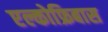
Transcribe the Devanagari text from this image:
एल्कोफ्रिबास